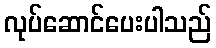
လုပ်ဆောင်ပေးပါသည်